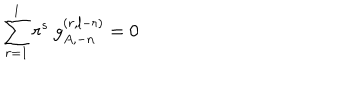
\sum _ { r = 1 } ^ { l } r ^ { s } ~ g _ { A , - n } ^ { ( r , l - r ) } = 0